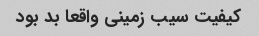
کیفیت سیب زمینی واقعا بد بود